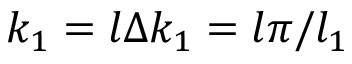
k _ { 1 } = l \Delta k _ { 1 } = l \pi / l _ { 1 }